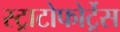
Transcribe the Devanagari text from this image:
स्ट्राटोफोर्ट्रेस